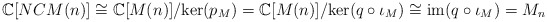
\begin{align*}\mathbb{C}[NCM(n)] \cong \mathbb{C}[M(n)]/\mathrm{ker}(p_M) = \mathbb{C}[M(n)]/\mathrm{ker}(q \circ \iota_M) \cong \mathrm{im}(q \circ \iota_M) = M_n \end{align*}